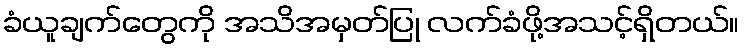
ခံယူချက်တွေကို အသိအမှတ်ပြု လက်ခံဖို့အသင့်ရှိတယ်။